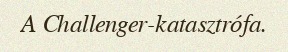
A Challenger-katasztrófa.